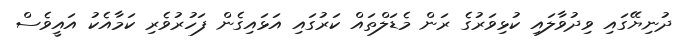
ދުނިޔޭގައި ވިދުވާލައި ކުޅިވަރުގެ ރަން މެޑަލްތައް ކަރުގައި އަޅައިގެން ފަހުރުވެރި ކަމާއެކު އައީވެސް